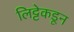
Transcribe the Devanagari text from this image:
लिट्टेकडून